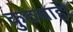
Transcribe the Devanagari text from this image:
कुठचाही